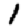
Digit: 1